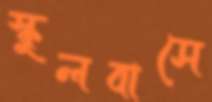
স্কুলবাসে